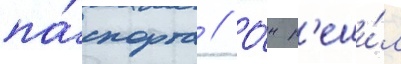
па́спорта // О́н р'еши́л